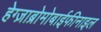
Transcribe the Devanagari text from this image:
हेग्ज़ाब्रोमोबाईफीनाइल